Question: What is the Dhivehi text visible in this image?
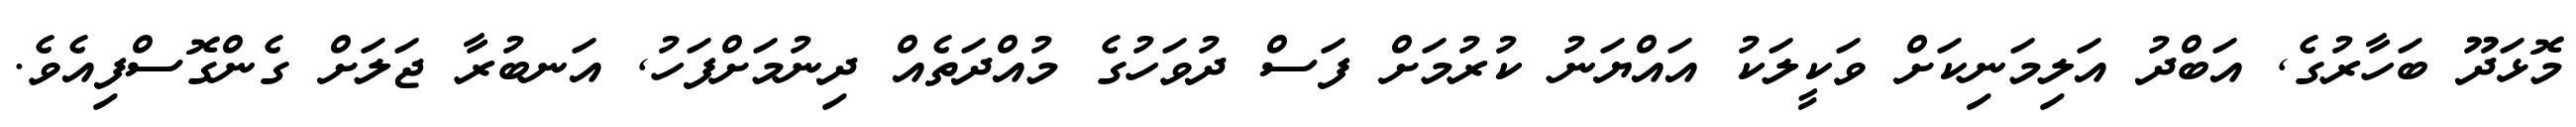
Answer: މޮޅަދޫ ބަހާރުގެ, އަބްދު އަލިމަނިކަށް ވަކީލަކު އައްޔަނު ކުރުމަށް ފަސް ދުވަހުގެ މުއްދަތެއް ދިނުމަށްފަހު, އަނބުރާ ޖަލަށް ގެންގޮސްފިއެވެ.